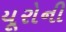
યૂરોની